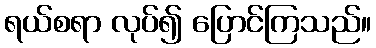
ရယ်စရာ လုပ်၍ ပြောင်ကြသည်။